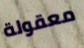
معقولة